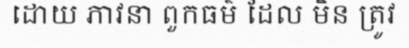
ដោយ ភាវនា ពួកធម៌ ដែល មិន ត្រូវ